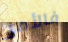
فالأمر